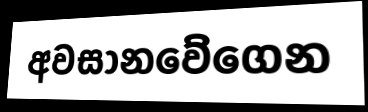
අවසානවේගෙන